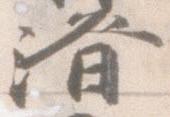
済